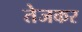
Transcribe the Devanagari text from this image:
तेजकर